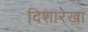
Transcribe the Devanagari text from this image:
दिशारेखा